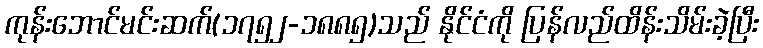
ကုန်းဘောင်မင်းဆက်(၁၇၅၂-၁၈၈၅)သည် နိုင်ငံကို ပြန်လည်ထိန်းသိမ်းခဲ့ပြီး